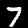
Digit: 7